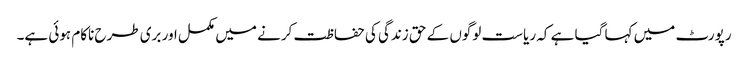
رپورٹ میں کہا گیا ہے کہ ریاست لوگوں کے حق زندگی کی حفاظت کرنے میں مکمل اور بری طرح ناکام ہوئی ہے۔